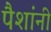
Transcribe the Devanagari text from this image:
पैशांनी